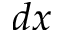
d x